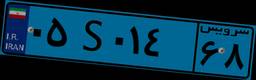
۱۹S۴۲۲۶۴